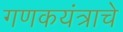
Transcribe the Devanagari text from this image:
गणकयंत्राचे